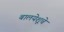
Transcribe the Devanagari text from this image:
बालयेशूचे